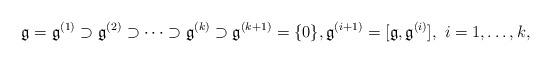
LaTeX: \begin{align*} \mathfrak g=\mathfrak g^{(1)}\supset\mathfrak g^{(2)}\supset\dots \supset \mathfrak g^{(k)}\supset \mathfrak g^{(k+1)}=\{0\}, \mathfrak g^{(i+1)}=[\mathfrak g,\mathfrak g^{(i)}], \ i=1,\dots, k,\end{align*}